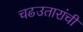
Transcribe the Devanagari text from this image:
चढउतारांची